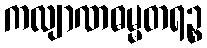
ကလျာဏဓမ္မတရဉ္စ